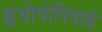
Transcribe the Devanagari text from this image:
इथोयोपियाई